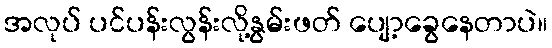
အလုပ် ပင်ပန်းလွန်းလို့နွမ်းဖတ် ပျော့ခွေနေတာပဲ။